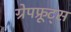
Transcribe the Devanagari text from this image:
ग्रेपफ्रूट्स